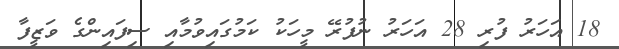
18 އަހަރު ފުރި 28 އަހަރު ނުފުރޭ މީހަކު ކަމުގައިވުމާއި ސިފައިންގެ ވަޒީފާ